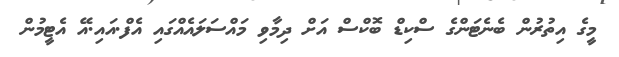
މީގެ އިތުރުން ބެނެޓަންގެ ސްކިޑް ބޮކްސް އަށް ދިމާވި މައްސަލައެއްގައި އެފް.އައި.އޭ އެޓީމުން